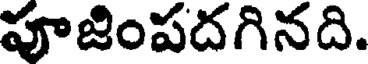
పూజింపదగినది.